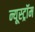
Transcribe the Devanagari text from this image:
न्यूस्ट्रॉम